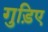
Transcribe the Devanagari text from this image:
गुड़िए